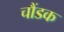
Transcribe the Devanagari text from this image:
चौंडक